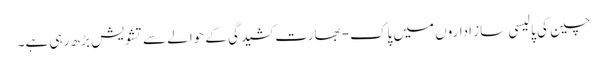
چین کی پالیسی ساز اداروں میں پاک- بھارت کشیدگی کے حوالے سے تشویش بڑ ھ رہی ہے۔